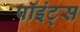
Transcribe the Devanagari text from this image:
पॉइंट्‌स